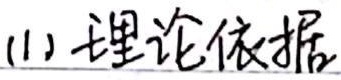
(1) 理论依据